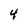
Character: 4